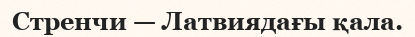
Стренчи — Латвиядағы қала.